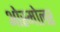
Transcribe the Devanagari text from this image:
ओस्मोलर